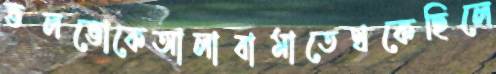
ভলভোকেআলাবামাতেথকেছিলে